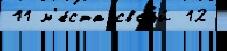
11 м'е́ста своjи́ 12